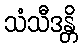
သံသီဒန္တိ